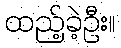
ထည့်ခဲ့ဦး။